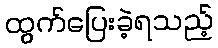
ထွက်ပြေးခဲ့ရသည့်